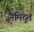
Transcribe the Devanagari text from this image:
नेमिदूत